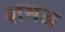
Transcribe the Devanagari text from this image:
शमअ